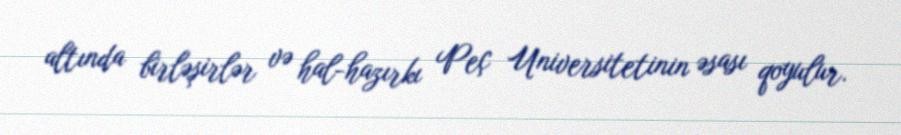
altında birləşirlər və hal-hazırkı Peç Universitetinin əsası qoyulur.